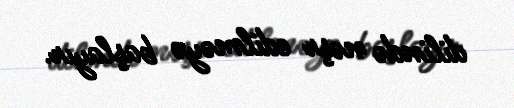
dilində nəşr edilməyə başlayır.